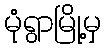
မုံရွာမြို့မှ